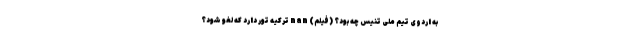
به اردوی تیم ملی تنیس چه بود؟ (فیلم) nan ترکیه تور دارد که لغو شود؟